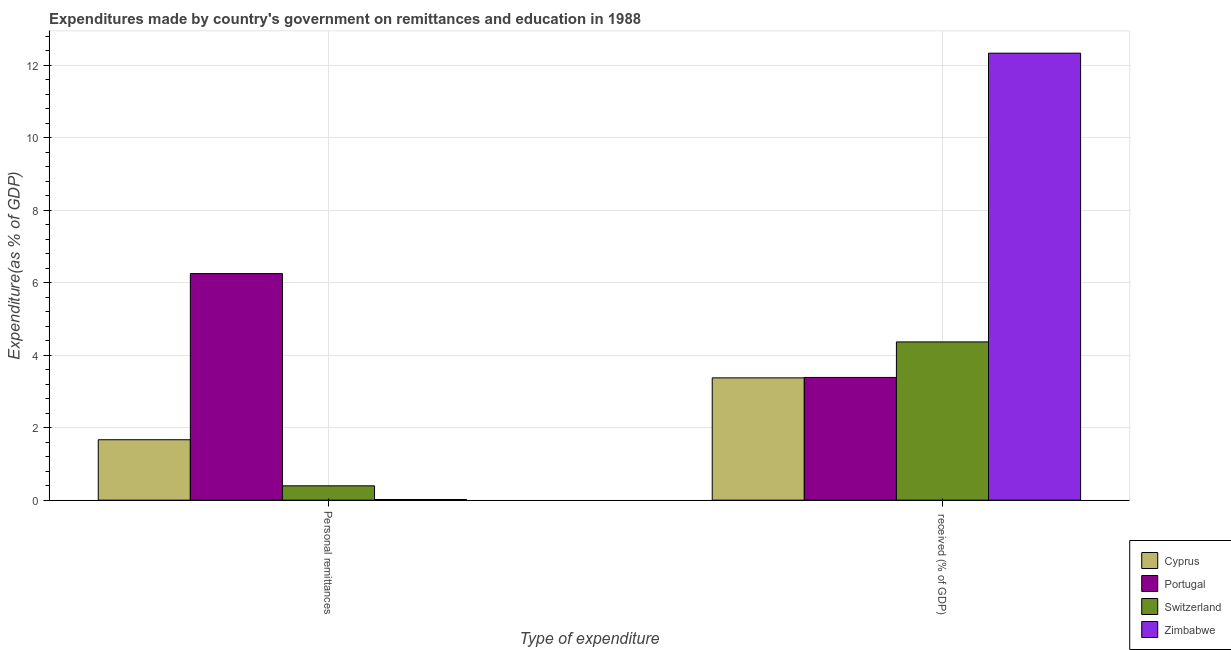
| Type of expenditure | Cyprus | Portugal | Switzerland | Zimbabwe |
 | --- | --- | --- | --- | --- |
 | Personal remittances | 1.67 | 6.25 | 0.396 | 0.0177 |
 |  received (% of GDP) | 3.38 | 3.39 | 4.37 | 12.3 |